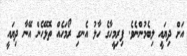
އަށް ދިޔައީ ލިބެމުންނެވެ. ފިރިމީހާގެ ހާލު އެނގި ރޯމަހެއް ތޮޅޭހެން އޭނާ ދިޔައީ